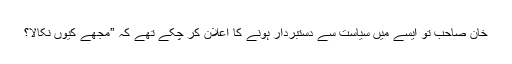
خان صاحب تو ایسے میں سیاست سے دستبردار ہونے کا اعلان کر چکے تھے کہ ”مجھے کیوں نکالا؟